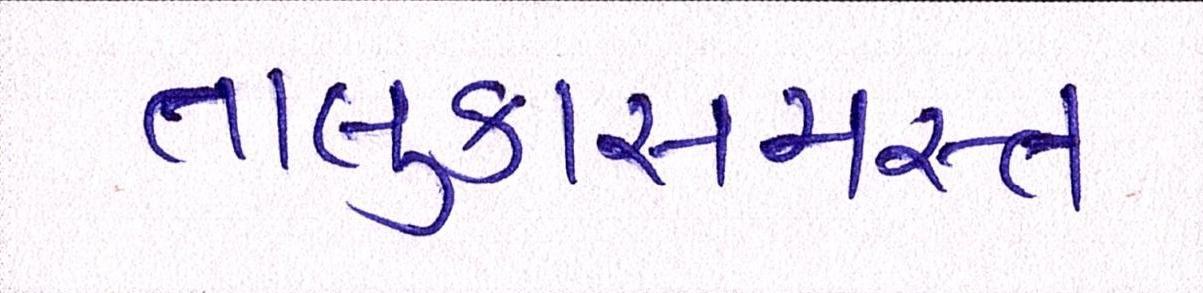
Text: તાલુકાસમસ્ત